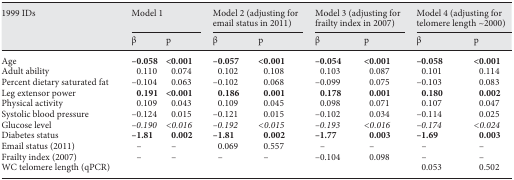
| 1999 IDs | <COLSPAN=2> Model 1 | <COLSPAN=2> Model 2 (adjusting for email status in 2011) | <COLSPAN=2> Model 3 (adjusting for frailty index in 2007) | <COLSPAN=2> Model 4 (adjusting for telomere length ~2000) |
 |  | β | p | β | p | β | p | β | p |
 | --- | --- | --- | --- | --- | --- | --- | --- | --- |
 | Age | –0.058 | <0.001 | –0.057 | <0.001 | –0.054 | <0.001 | –0.058 | <0.001 |
 | Adult ability | 0.110 | 0.074 | 0.102 | 0.108 | 0.103 | 0.087 | 0.101 | 0.114 |
 | Percent dietary saturated fat | −0.104 | 0.063 | −0.102 | 0.068 | −0.099 | 0.075 | −0.103 | 0.083 |
 | Leg extensor power | 0.191 | <0.001 | 0.186 | 0.001 | 0.178 | 0.001 | 0.180 | 0.002 |
 | Physical activity | 0.109 | 0.043 | 0.109 | 0.045 | 0.098 | 0.071 | 0.107 | 0.047 |
 | Systolic blood pressure | −0.124 | 0.015 | −0.121 | 0.015 | −0.102 | 0.034 | −0.114 | 0.025 |
 | Glucose level | –0.190 | <0.016 | –0.192 | <0.015 | –0.193 | <0.016 | –0.174 | <0.024 |
 | Diabetes status | –1.81 | 0.002 | –1.81 | 0.002 | –1.77 | 0.003 | –1.69 | 0.003 |
 | Email status (2011) | – | – | 0.069 | 0.557 | – | – | – | – |
 | Frailty index (2007) | – | – | – | – | −0.104 | 0.098 | – | – |
 | WC telomere length (qPCR) |  |  |  |  |  |  | 0.053 | 0.502 |